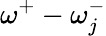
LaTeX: \omega^{+}-\omega_{j}^{-}